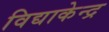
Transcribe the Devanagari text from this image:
विद्याकेन्द्र